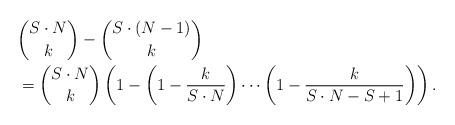
LaTeX: \begin{align*} &\binom{S\cdot N}{k} -\binom{S\cdot (N-1)}{k}\\ &=\binom{S\cdot N}{k}\left(1-\left(1-\frac{k}{S\cdot N}\right)\cdots \left(1-\frac{k}{S\cdot N-S+1}\right) \right).\end{align*}